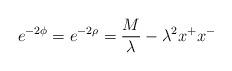
LaTeX: \begin{align*}e^{-2\phi} = e^{-2\rho} = \frac{M}{\lambda} - \lambda^2x^+x^-\end{align*}